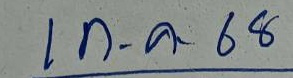
1 ก.ค. 68